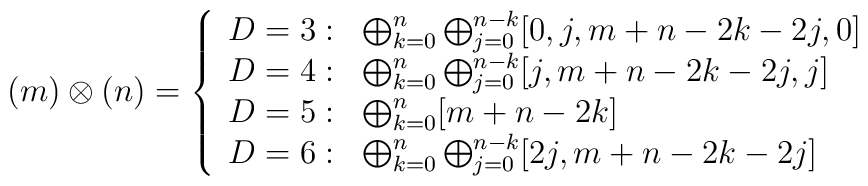
(m)\otimes(n) =  \left\{    \begin{array}{ll}    D=3: & \bigoplus_{k=0}^{n}\bigoplus_{j=0}^{n-k}[0,j,m+n-2k-2j,0] \\    D=4: & \bigoplus_{k=0}^{n}\bigoplus_{j=0}^{n-k}[j,m+n-2k-2j,j] \\    D=5: & \bigoplus_{k=0}^{n}[m+n-2k] \\    D=6: & \bigoplus_{k=0}^{n}\bigoplus_{j=0}^{n-k}[2j,m+n-2k-2j]  \end{array}  \right.